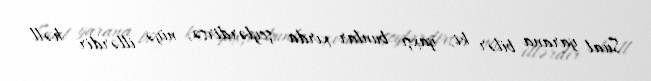
Sual yarana bilər ki, yaxşı bunlar xırda şeylərdirsə, niyə illərdir həll